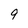
Character: 9